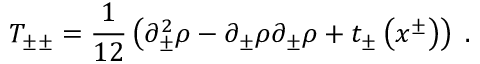
T _ { \pm \pm } = { \frac { 1 } { 1 2 } } \left( \partial _ { \pm } ^ { 2 } \rho - \partial _ { \pm } \rho \partial _ { \pm } \rho + t _ { \pm } \left( x ^ { \pm } \right) \right) \; .